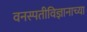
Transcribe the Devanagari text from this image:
वनस्पतीविज्ञानाच्या